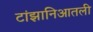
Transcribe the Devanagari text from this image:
टांझानिआतली